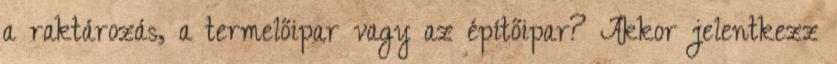
a raktározás, a termelőipar vagy az építőipar? Akkor jelentkezz